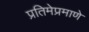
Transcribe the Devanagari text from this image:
प्रतिमेप्रमाणे